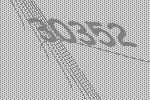
30352